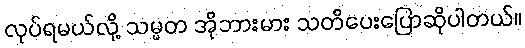
လုပ်ရမယ်လို့ သမ္မတ အိုဘားမား သတိပေးပြောဆိုပါတယ်။